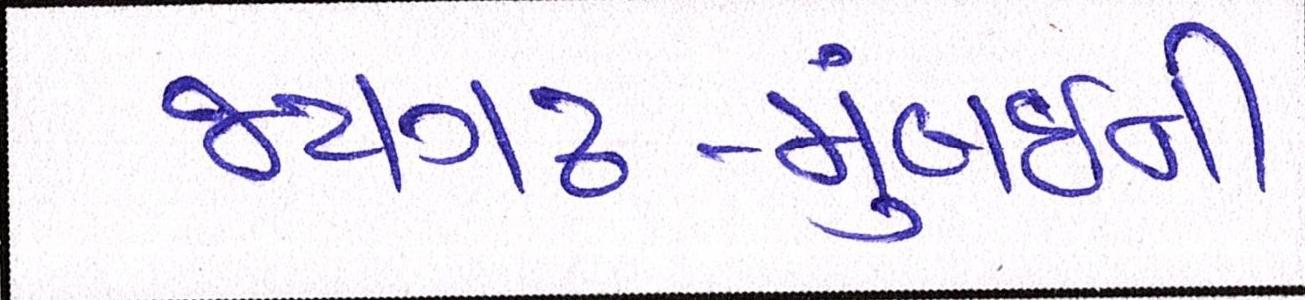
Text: જયગઢ-મુંબઈની